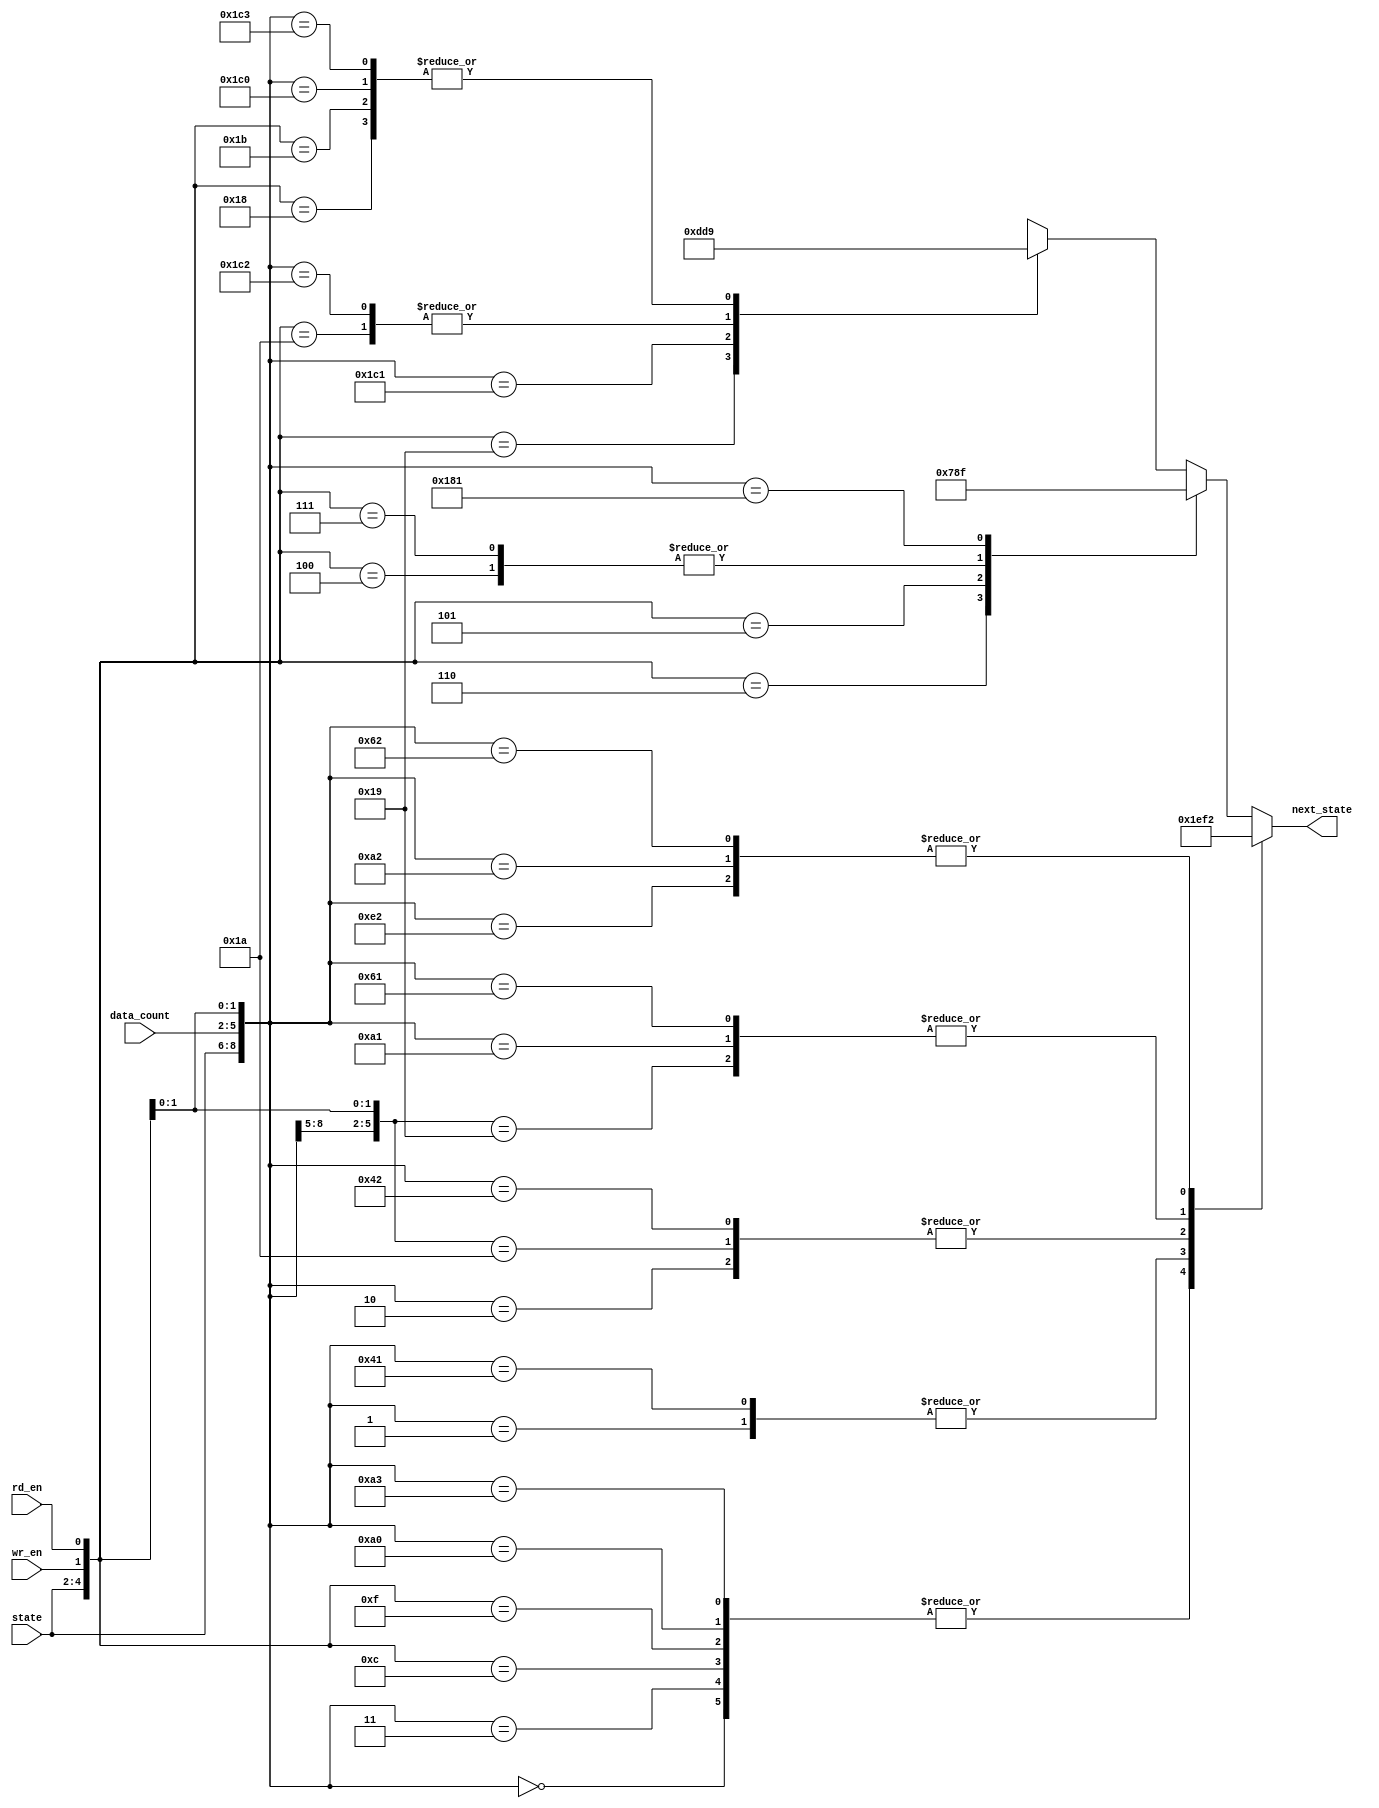
module fifo_ns(wr_en, rd_en, state, data_count, next_state);

	input wr_en, rd_en;			// input ports
	input [2:0] state;			// 3bits input port
	input [3:0] data_count;		// 4bits intput port
	output [2:0] next_state;	// 3bits output port
	reg [2:0] next_state;
	
	// parameters
	parameter INIT = 3'b000;
	parameter NO_OP = 3'b001;
	parameter WRITE = 3'b011;
	parameter WR_ERROR = 3'b010;
	parameter READ = 3'b110;
	parameter RD_ERROR = 3'b111;
	
	// define next state 
	always @ (state, data_count, wr_en, rd_en) begin
		casex({state, data_count, wr_en, rd_en})
			// Transition rules for state INIT
			{INIT, 4'b0000, 1'b0, 1'b1}: next_state <= RD_ERROR;
			{INIT, 4'b0000, 1'b1, 1'b0}: next_state <= WRITE;
			{INIT, 4'b0000, 1'b0, 1'b0}: next_state <= NO_OP;
			{INIT, 4'b0000, 1'b1, 1'b1}: next_state <= NO_OP;
			
			// Transition rules for state WRITE
			{WRITE, 4'b0xxx, 1'b0, 1'b1}: next_state <= READ;
			{WRITE, 4'b0xxx, 1'b1, 1'b0}: next_state <= WRITE;
			{WRITE, 4'b1000, 1'b1, 1'b0}: next_state <= WR_ERROR;
			{WRITE, 4'bxxxx, 1'b0, 1'b0}: next_state <= NO_OP;
			{WRITE, 4'bxxxx, 1'b1, 1'b1}: next_state <= NO_OP;
			
			// Transition rules for state WR_ERROR
			{WR_ERROR, 4'b1000, 1'b0, 1'b1}: next_state <= READ;
			{WR_ERROR, 4'b1000, 1'b1, 1'b0}: next_state <= WR_ERROR;
			{WR_ERROR, 4'b1000, 1'b0, 1'b0}: next_state <= NO_OP;			
			{WR_ERROR, 4'b1000, 1'b1, 1'b1}: next_state <= NO_OP;
			
			// Transition rules for state NO_OP
			{NO_OP, 4'b0000, 1'b0, 1'b1}: next_state <= RD_ERROR;
			{NO_OP, 4'b0000, 1'b1, 1'b0}: next_state <= WRITE;
			{NO_OP, 4'b1000, 1'b0, 1'b1}: next_state <= READ;
			{NO_OP, 4'b1000, 1'b1, 1'b0}: next_state <= WR_ERROR;
			{NO_OP, 4'bxxxx, 1'b1, 1'b0}: next_state <= WRITE;
			{NO_OP, 4'bxxxx, 1'b0, 1'b1}: next_state <= READ;
			{NO_OP, 4'bxxxx, 1'b0, 1'b0}: next_state <= NO_OP;
			{NO_OP, 4'bxxxx, 1'b1, 1'b1}: next_state <= NO_OP;

			// Transition rules for state READ
			{READ, 4'b0000, 1'b0, 1'b1}: next_state <= RD_ERROR;
			{READ, 4'bxxxx, 1'b0, 1'b1}: next_state <= READ;
			{READ, 4'bxxxx, 1'b1, 1'b0}: next_state <= WRITE;
			{READ, 4'bxxxx, 1'b0, 1'b0}: next_state <= NO_OP;
			{READ, 4'bxxxx, 1'b1, 1'b1}: next_state <= NO_OP;
			
			// Transition rules for state RD_ERROR
			{RD_ERROR, 4'b0000, 1'b0, 1'b1}: next_state <= RD_ERROR;
			{RD_ERROR, 4'b0000, 1'b1, 1'b0}: next_state <= WRITE;
			{RD_ERROR, 4'b0000, 1'b0, 1'b0}: next_state <= NO_OP;			
			{RD_ERROR, 4'b0000, 1'b1, 1'b1}: next_state <= NO_OP;			
			default: next_state <= 3'bxxx;
		endcase
	end
	
endmodule